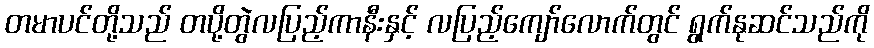
တမာပင်တို့သည် တပို့တွဲလပြည့်ကာနီးနှင့် လပြည့်ကျော်လောက်တွင် ရွက်နုဆင်သည်ကို